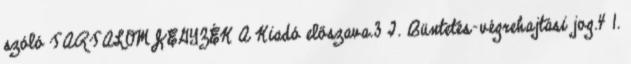
szóló TARTALOMJEGYZÉK A Kiadó előszava.3 I. Büntetés-végrehajtási jog.4 1.